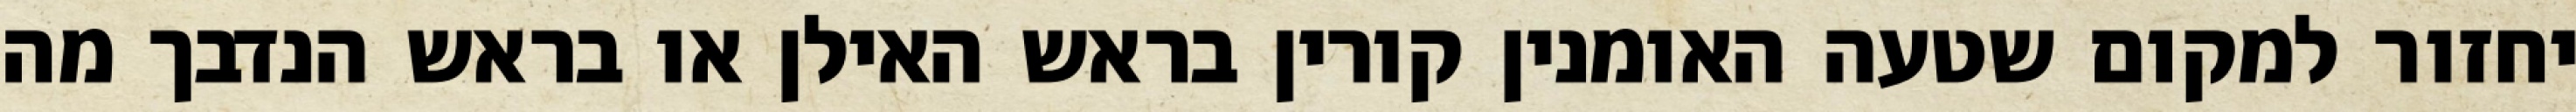
יחזור למקום שטעה האומנין קורין בראש האילן או בראש הנדבך מה